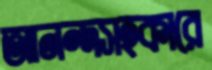
আনন্দসহকারে